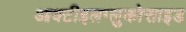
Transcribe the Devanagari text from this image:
आक्टीइलग्लुकोसाइड